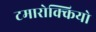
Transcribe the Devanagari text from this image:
टमारोक्कियो